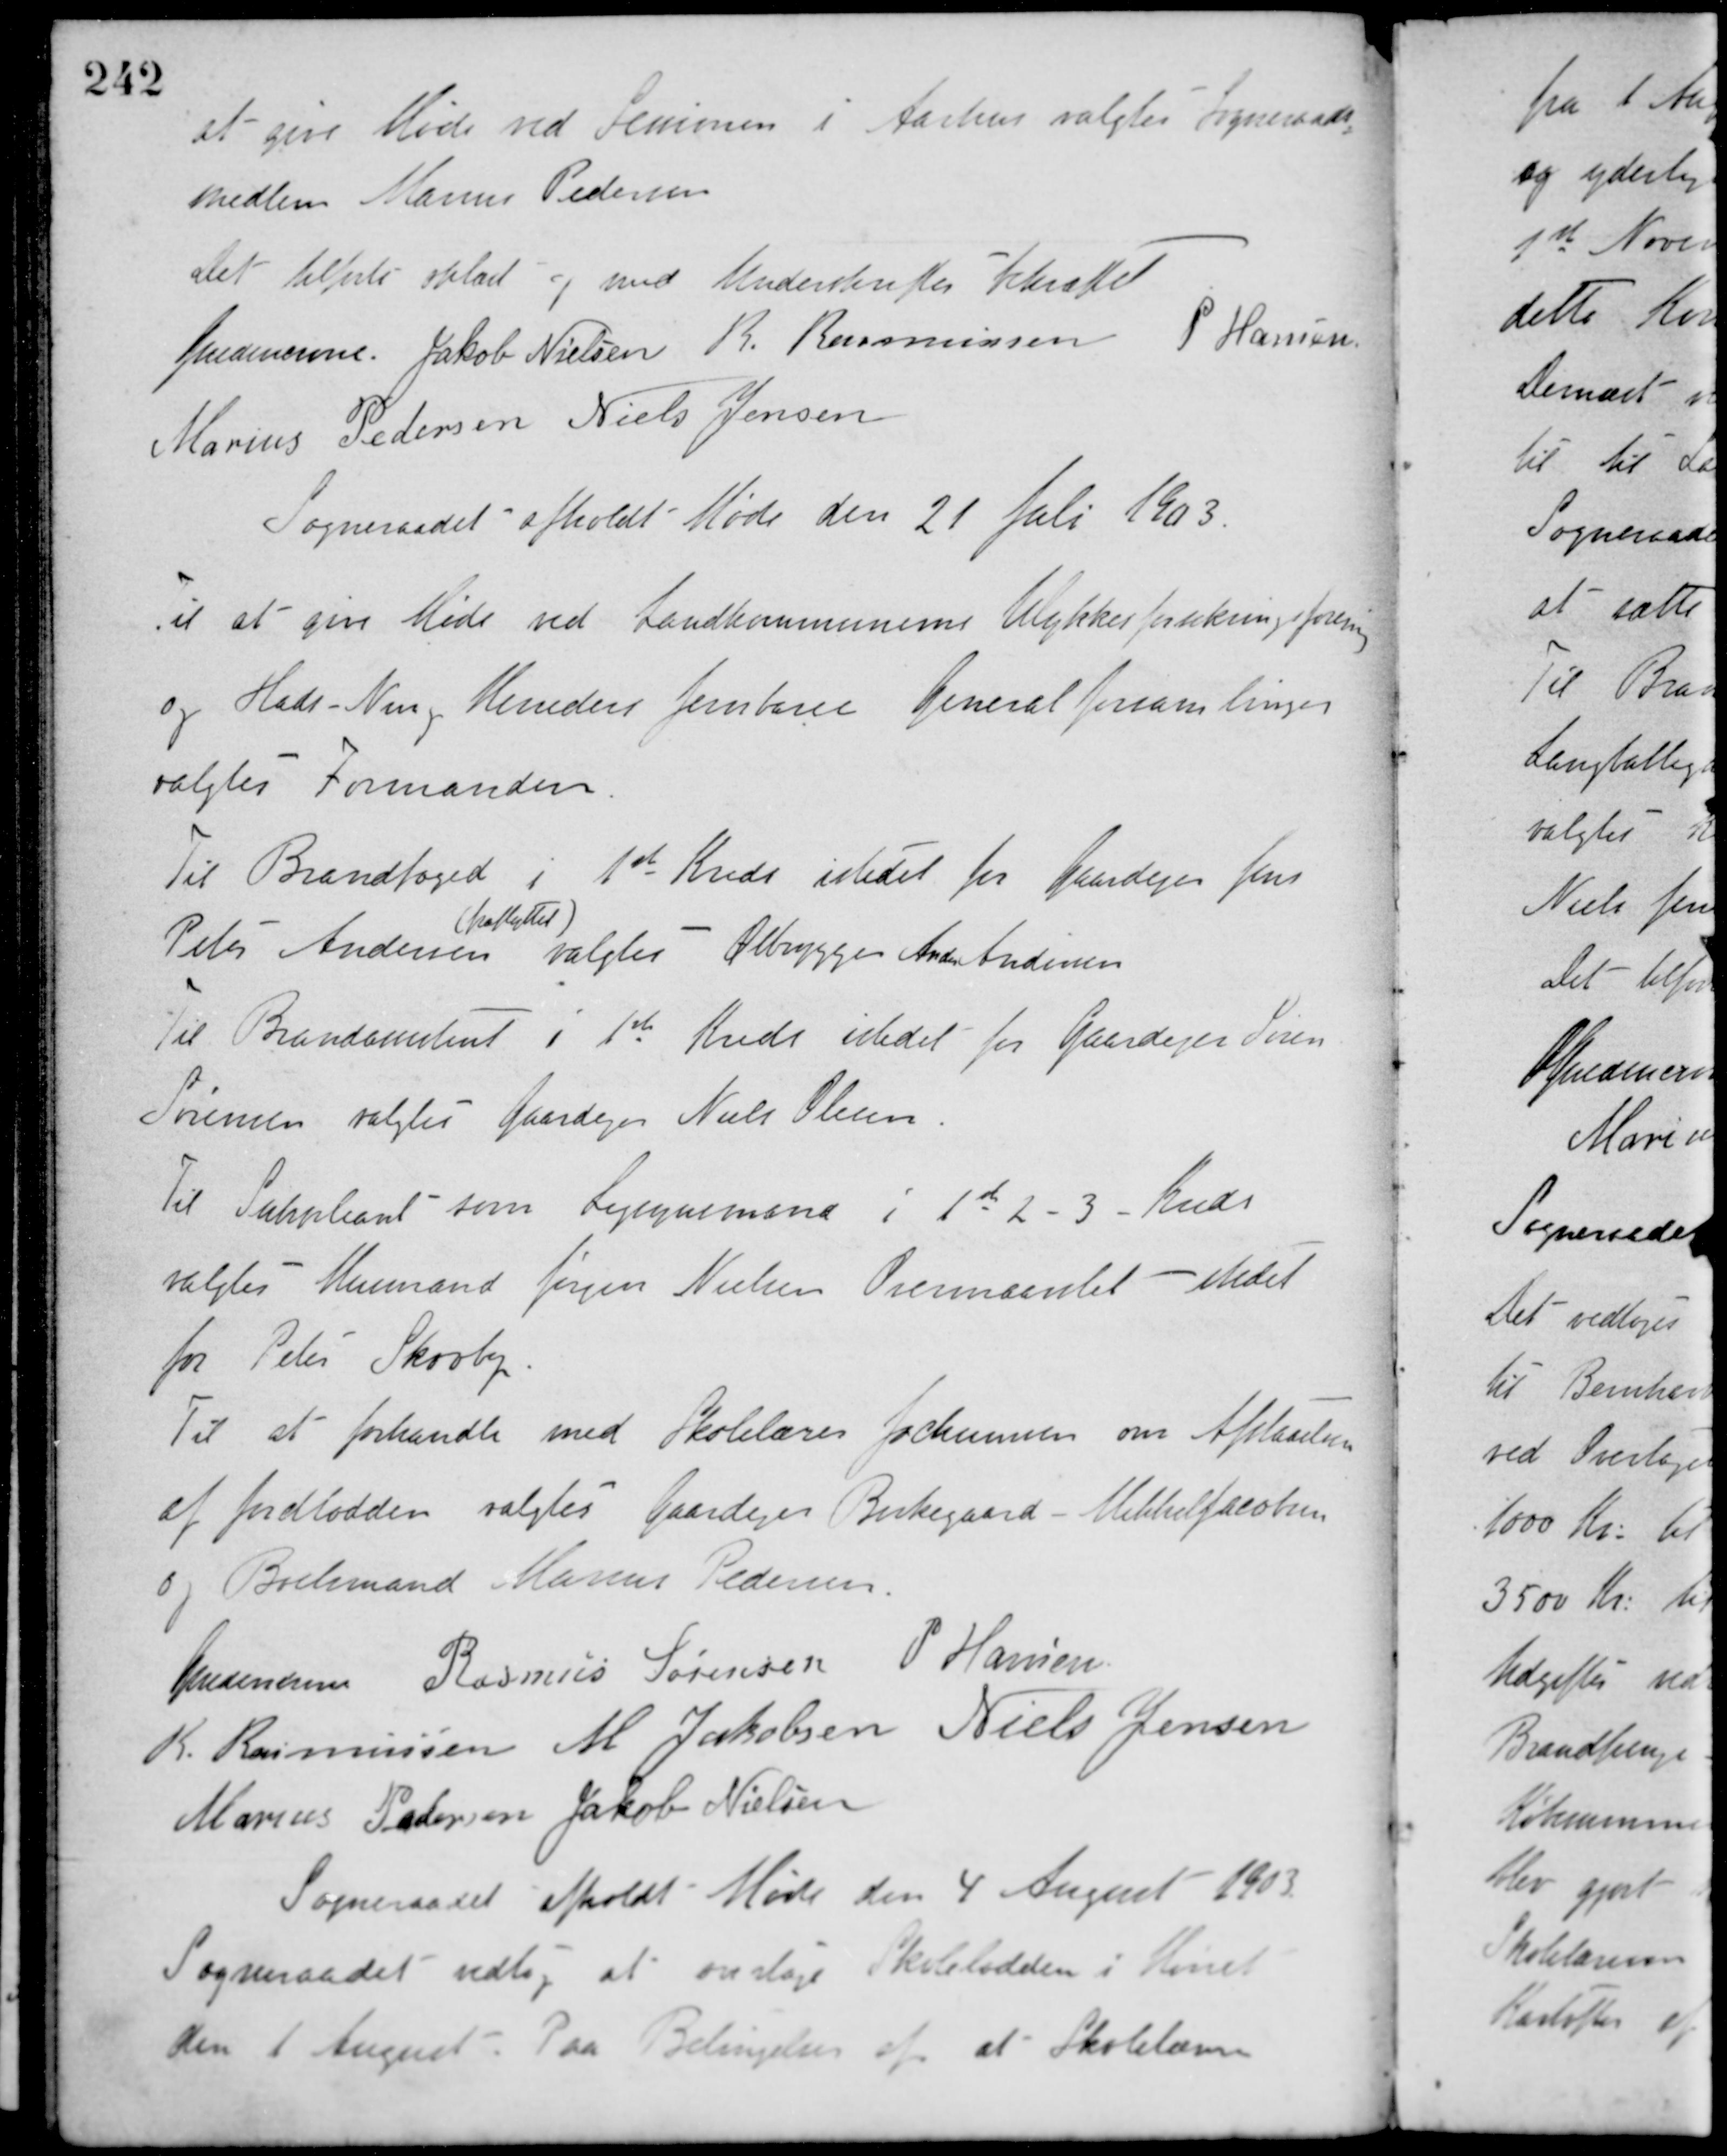
Transskription:
at give Møde ved Sessionen i Aarhus valgtes Sogneraads-
medlem Marius Pedersen.
Det tilførte oplæst og med Underskrifter bekræftet
Guldencrone Jakob Nielsen R. Rasmussen P. Hansen
Marius Pedersen Niels Jensen
Sogneraadet afholdt Møde den 21 Juli 1903.
Til at give Møde ved Landkommunernes Ulykkesforsikringsforening
og Hads - Ning Herreders Jernbane Generalforsamlinger
valgtes Formanden.
Til Brandfoged i 1st Kreds istedet for Gaardejer Jens
Peter Andersen
(fraflyttet)
valgtes Ølbrygger Anders Andersen.
Til Brandassistent i 1ste Kreds istedet for Gaardejer Søren
Sørensen valgtes Gaardejer Niels Olesen.
Til Suppleant som Ligsynsmand i 1st 2 - 3 - Kreds
valgtes Husmand Jørgen Nielsen Overmaarslet istedet
for Peter Skovby
Til at forhandle med Skolelærer Jochumsen om Afstaaelsen
af Jordlodden valgtes Gaardejer Birkegaard - Mikkel Jacobsen
og Boelsmand Marius Pedersen.
Guldencrone Rasmus Sørensen P. Hansen
R. Rasmussen M. Jakobsen Niels Jensen
Marius Pedersen Jakob Nielsen
Sogneraadet afholdt Møde den 4 August 1903.
Sogneraadet vedtog at overtage Skolelodden i Hørret
den 1 August. Paa Betingelse af at Skolelæreren